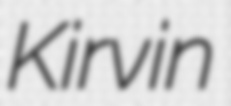
Kirvin